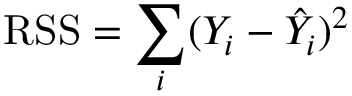
{ \mathrm { R S S } } = \sum _ { i } ( Y _ { i } - { \hat { Y } } _ { i } ) ^ { 2 }